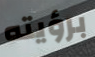
برؤيته